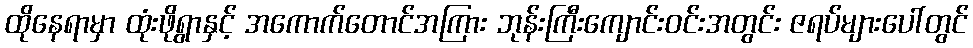
ထိုနေရာမှာ ထုံးဖိုရွာနှင့် အကောက်တောင်အကြား ဘုန်းကြီးကျောင်းဝင်းအတွင်း ဇရပ်များပေါ်တွင်